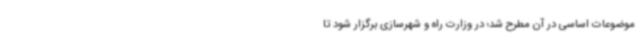
موضوعات اساسی در آن مطرح شد؛ در وزارت راه و شهرسازی برگزار شود تا